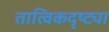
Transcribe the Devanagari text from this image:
तात्विकदृष्ट्या